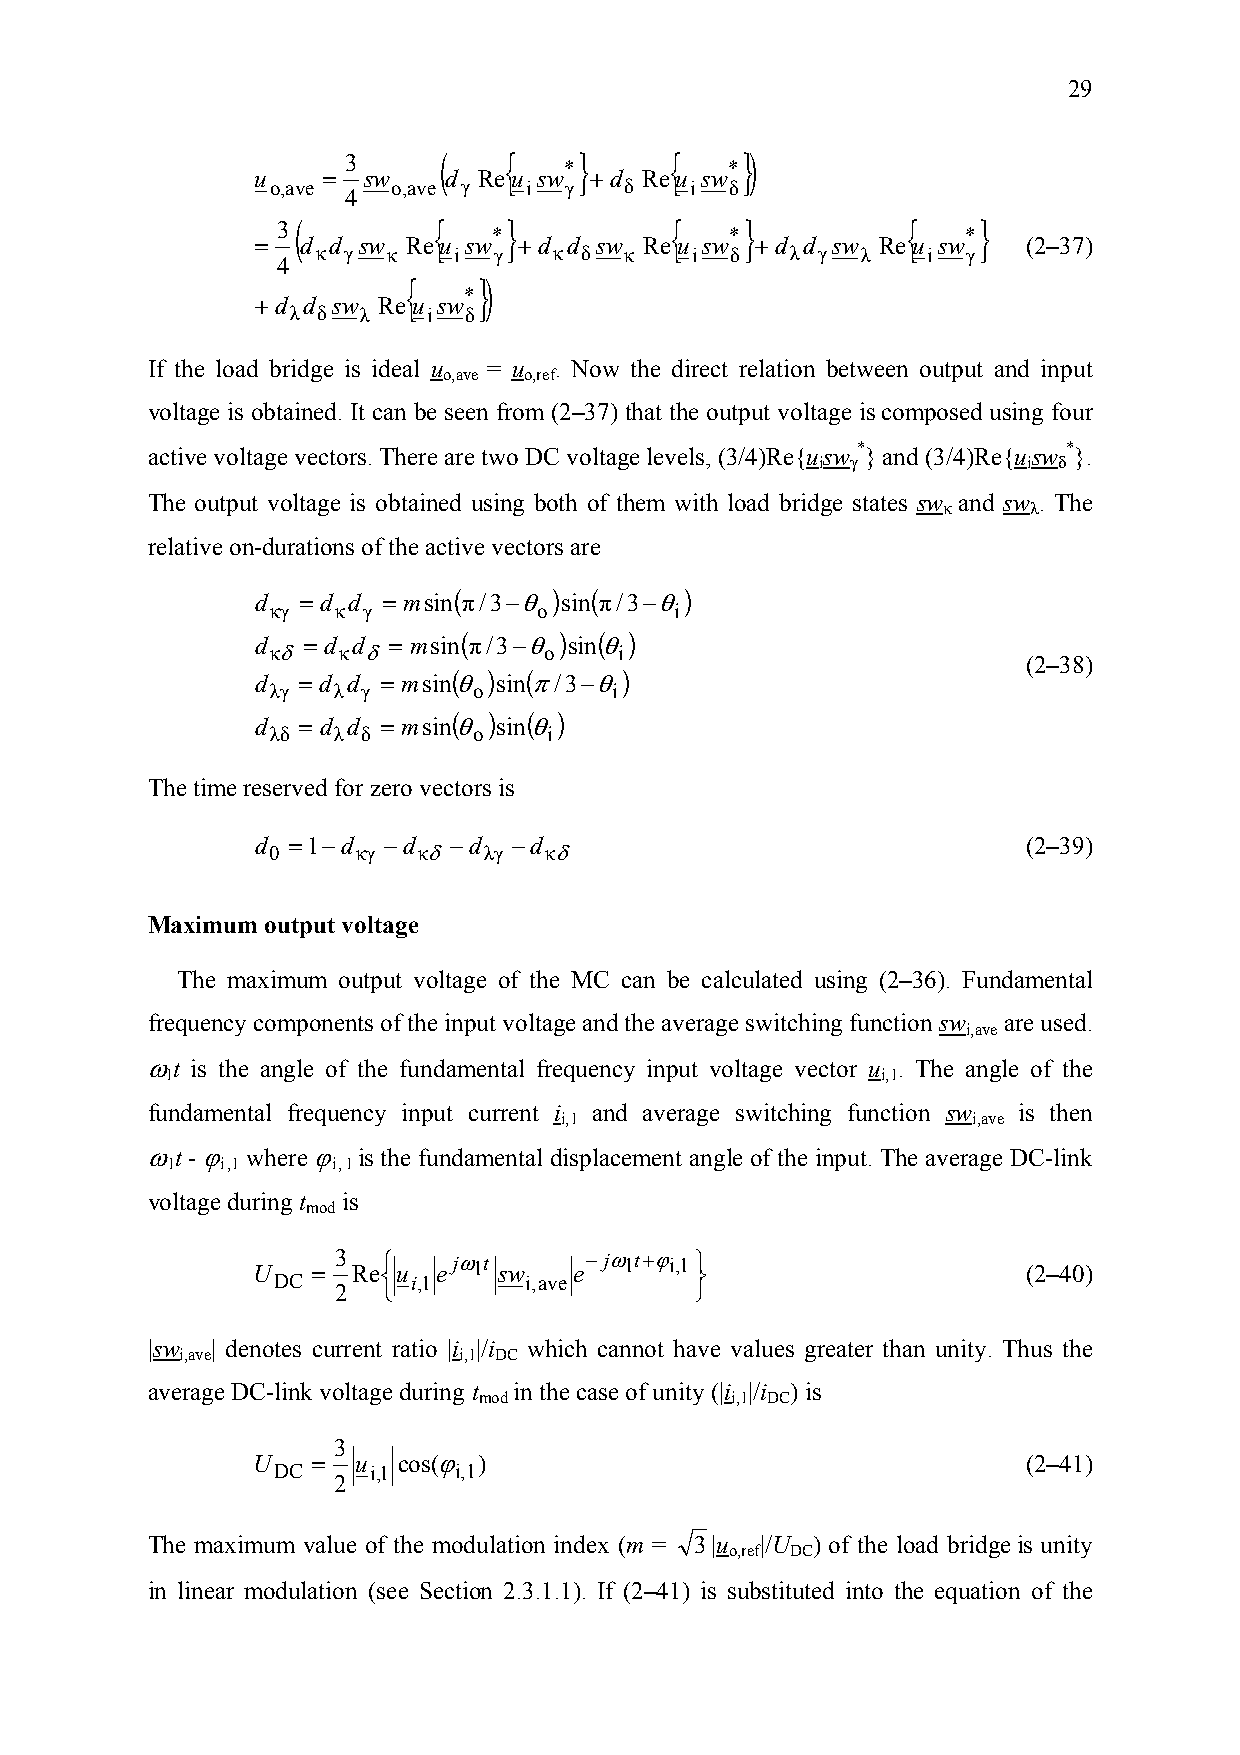
29
 (   {    }     {    })
 3
 u   =  sw   d  Reu sw* +d Reu sw*
 o,ave   o,ave γ  i γ   δ    i δ
 4
 (        {    }         {    }          {    }
 3
 =  d d sw Reu sw* +d d sw Reu sw* +d d sw Reu sw*  (2–37)
 κ γ  κ   i  γ   κ δ κ    i δ   λ γ  λ   i  γ
 4
 {    })
 + d d sw Reu sw*
 λ δ  λ   i  δ
 If the load bridge is ideal u = u . Now the direct relation between output and input
 o,ave o,ref
 voltage is obtained. It can be seen from (2–37) that the output voltage is composed using four
 active voltage vectors. There are two DC voltage levels, (3/4)Re{u iswγ*} and (3/4)Re{u iswδ*}.
 The output voltage is obtained using both of them with load bridge states swκ and swλ. The
 relative on-durations of the active vectors are
 (      ) (     )
 d  = d d = msin π/3−θ sin π/3−θ
 κγ  κ γ           o        i
 (      )  ( )
 d κδ= d κdδ= msin π/3−θ
 o
 sin θ
 i
 ( )  (     )                          (2–38)
 d  = d d = msin θ sin π/3−θ
 λγ  λ γ      o         i
 ( )  ( )
 d  = d d = msin θ sin θ
 λδ  λ δ      o    i
 The time reserved for zero vectors is
 d 0 =1−d κγ −d κδ−d λγ −d κδ                       (2–39)
 Maximum output voltage
 The maximum output voltage of the MC can be calculated using (2–36). Fundamental
 frequency components of the input voltage and the average switching function sw are used.
 i,ave
 ωt is the angle of the fundamental frequency input voltage vector u . The angle of the
 1                                              i,1
 fundamental frequency input current i and average switching function sw is then
 i,1                        i,ave
 ωt - ϕ where ϕ is the fundamental displacement angle of the input. The average DC-link
 1   i,1    i,1
 voltage during t is
 mod
 U
 DC
 = 3 Re⎨⎧ u i,1ejω 1t sw
 i,ave
 e−jω 1t+ϕ i,1 ⎬⎫              (2–40)
 2  ⎩                    ⎭
 |sw | denotes current ratio |i |/i which cannot have values greater than unity. Thus the
 i,ave             i,1 DC
 average DC-link voltage during t in the case of unity (|i |/i ) is
 mod             i,1 DC
 3
 U   = u  cos(ϕ )                                   (2–41)
 DC    i,1   i,1
 2
 The maximum value of the modulation index (m = 3|u |/U ) of the load bridgeis unity
 o,ref DC
 in linear modulation (see Section 2.3.1.1). If (2–41) is substituted into the equation of the